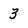
Character: 3